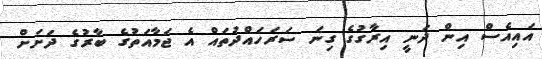
އައިއެސް އިން ދަނީ އިރާގުގެ ގިނަ ސަރަހައްދުތައް އެ ޖަމާއަތުގެ ބާރުގެ ދަށަށް